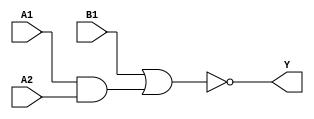
/*
 * Copyright 2020 The SkyWater PDK Authors
 *
 * Licensed under the Apache License, Version 2.0 (the "License");
 * you may not use this file except in compliance with the License.
 * You may obtain a copy of the License at
 *
 *     https://www.apache.org/licenses/LICENSE-2.0
 *
 * Unless required by applicable law or agreed to in writing, software
 * distributed under the License is distributed on an "AS IS" BASIS,
 * WITHOUT WARRANTIES OR CONDITIONS OF ANY KIND, either express or implied.
 * See the License for the specific language governing permissions and
 * limitations under the License.
 *
 * SPDX-License-Identifier: Apache-2.0
*/


`ifndef SKY130_FD_SC_HVL__A21OI_BEHAVIORAL_V
`define SKY130_FD_SC_HVL__A21OI_BEHAVIORAL_V

/**
 * a21oi: 2-input AND into first input of 2-input NOR.
 *
 *        Y = !((A1 & A2) | B1)
 *
 * Verilog simulation functional model.
 */

`timescale 1ns / 1ps
`default_nettype none

`celldefine
module sky130_fd_sc_hvl__a21oi (
    Y ,
    A1,
    A2,
    B1
);

    // Module ports
    output Y ;
    input  A1;
    input  A2;
    input  B1;

    // Module supplies
    supply1 VPWR;
    supply0 VGND;
    supply1 VPB ;
    supply0 VNB ;

    // Local signals
    wire and0_out  ;
    wire nor0_out_Y;

    //  Name  Output      Other arguments
    and and0 (and0_out  , A1, A2         );
    nor nor0 (nor0_out_Y, B1, and0_out   );
    buf buf0 (Y         , nor0_out_Y     );

endmodule
`endcelldefine

`default_nettype wire
`endif  // SKY130_FD_SC_HVL__A21OI_BEHAVIORAL_V